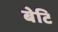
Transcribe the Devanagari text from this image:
बेटि